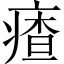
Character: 㾴